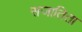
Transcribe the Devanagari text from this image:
सजातिता